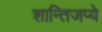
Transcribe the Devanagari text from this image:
शान्तिजप्ये